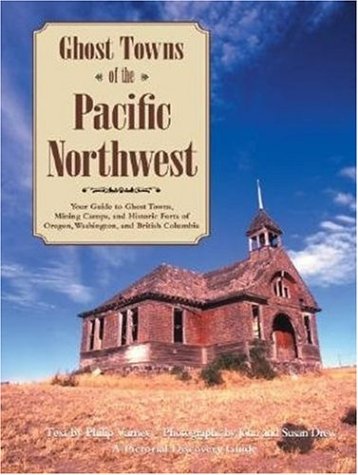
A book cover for Ghost Towns of the Pacific Northwest: Your Guide to Ghost Towns, Mining Camps, and Historic Forts of Oregon, Washington, and British Columbia; Philip Varney; Travel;